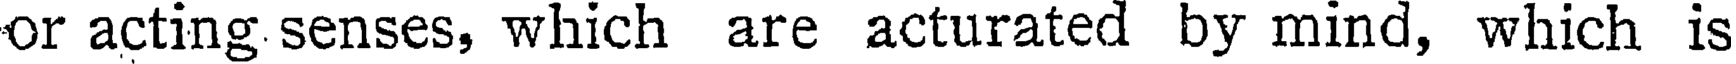
or acting senses, which are acturated by mind, which is